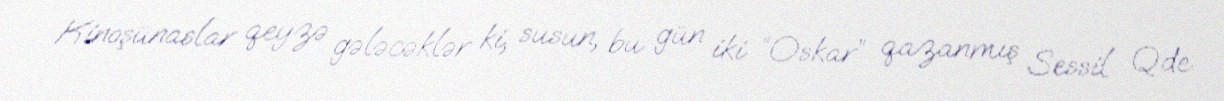
Kinoşünaslar qeyzə gələcəklər ki, susun, bu gün iki “Oskar” qazanmış Sessil Qde